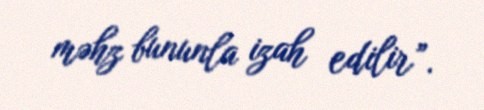
məhz bununla izah edilir”.